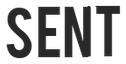
SENT